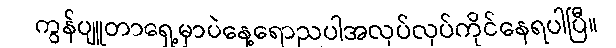
ကွန်ပျူတာရှေ့မှာပဲနေ့ရောညပါအလုပ်လုပ်ကိုင်နေရပါပြီ။